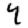
Digit: 4